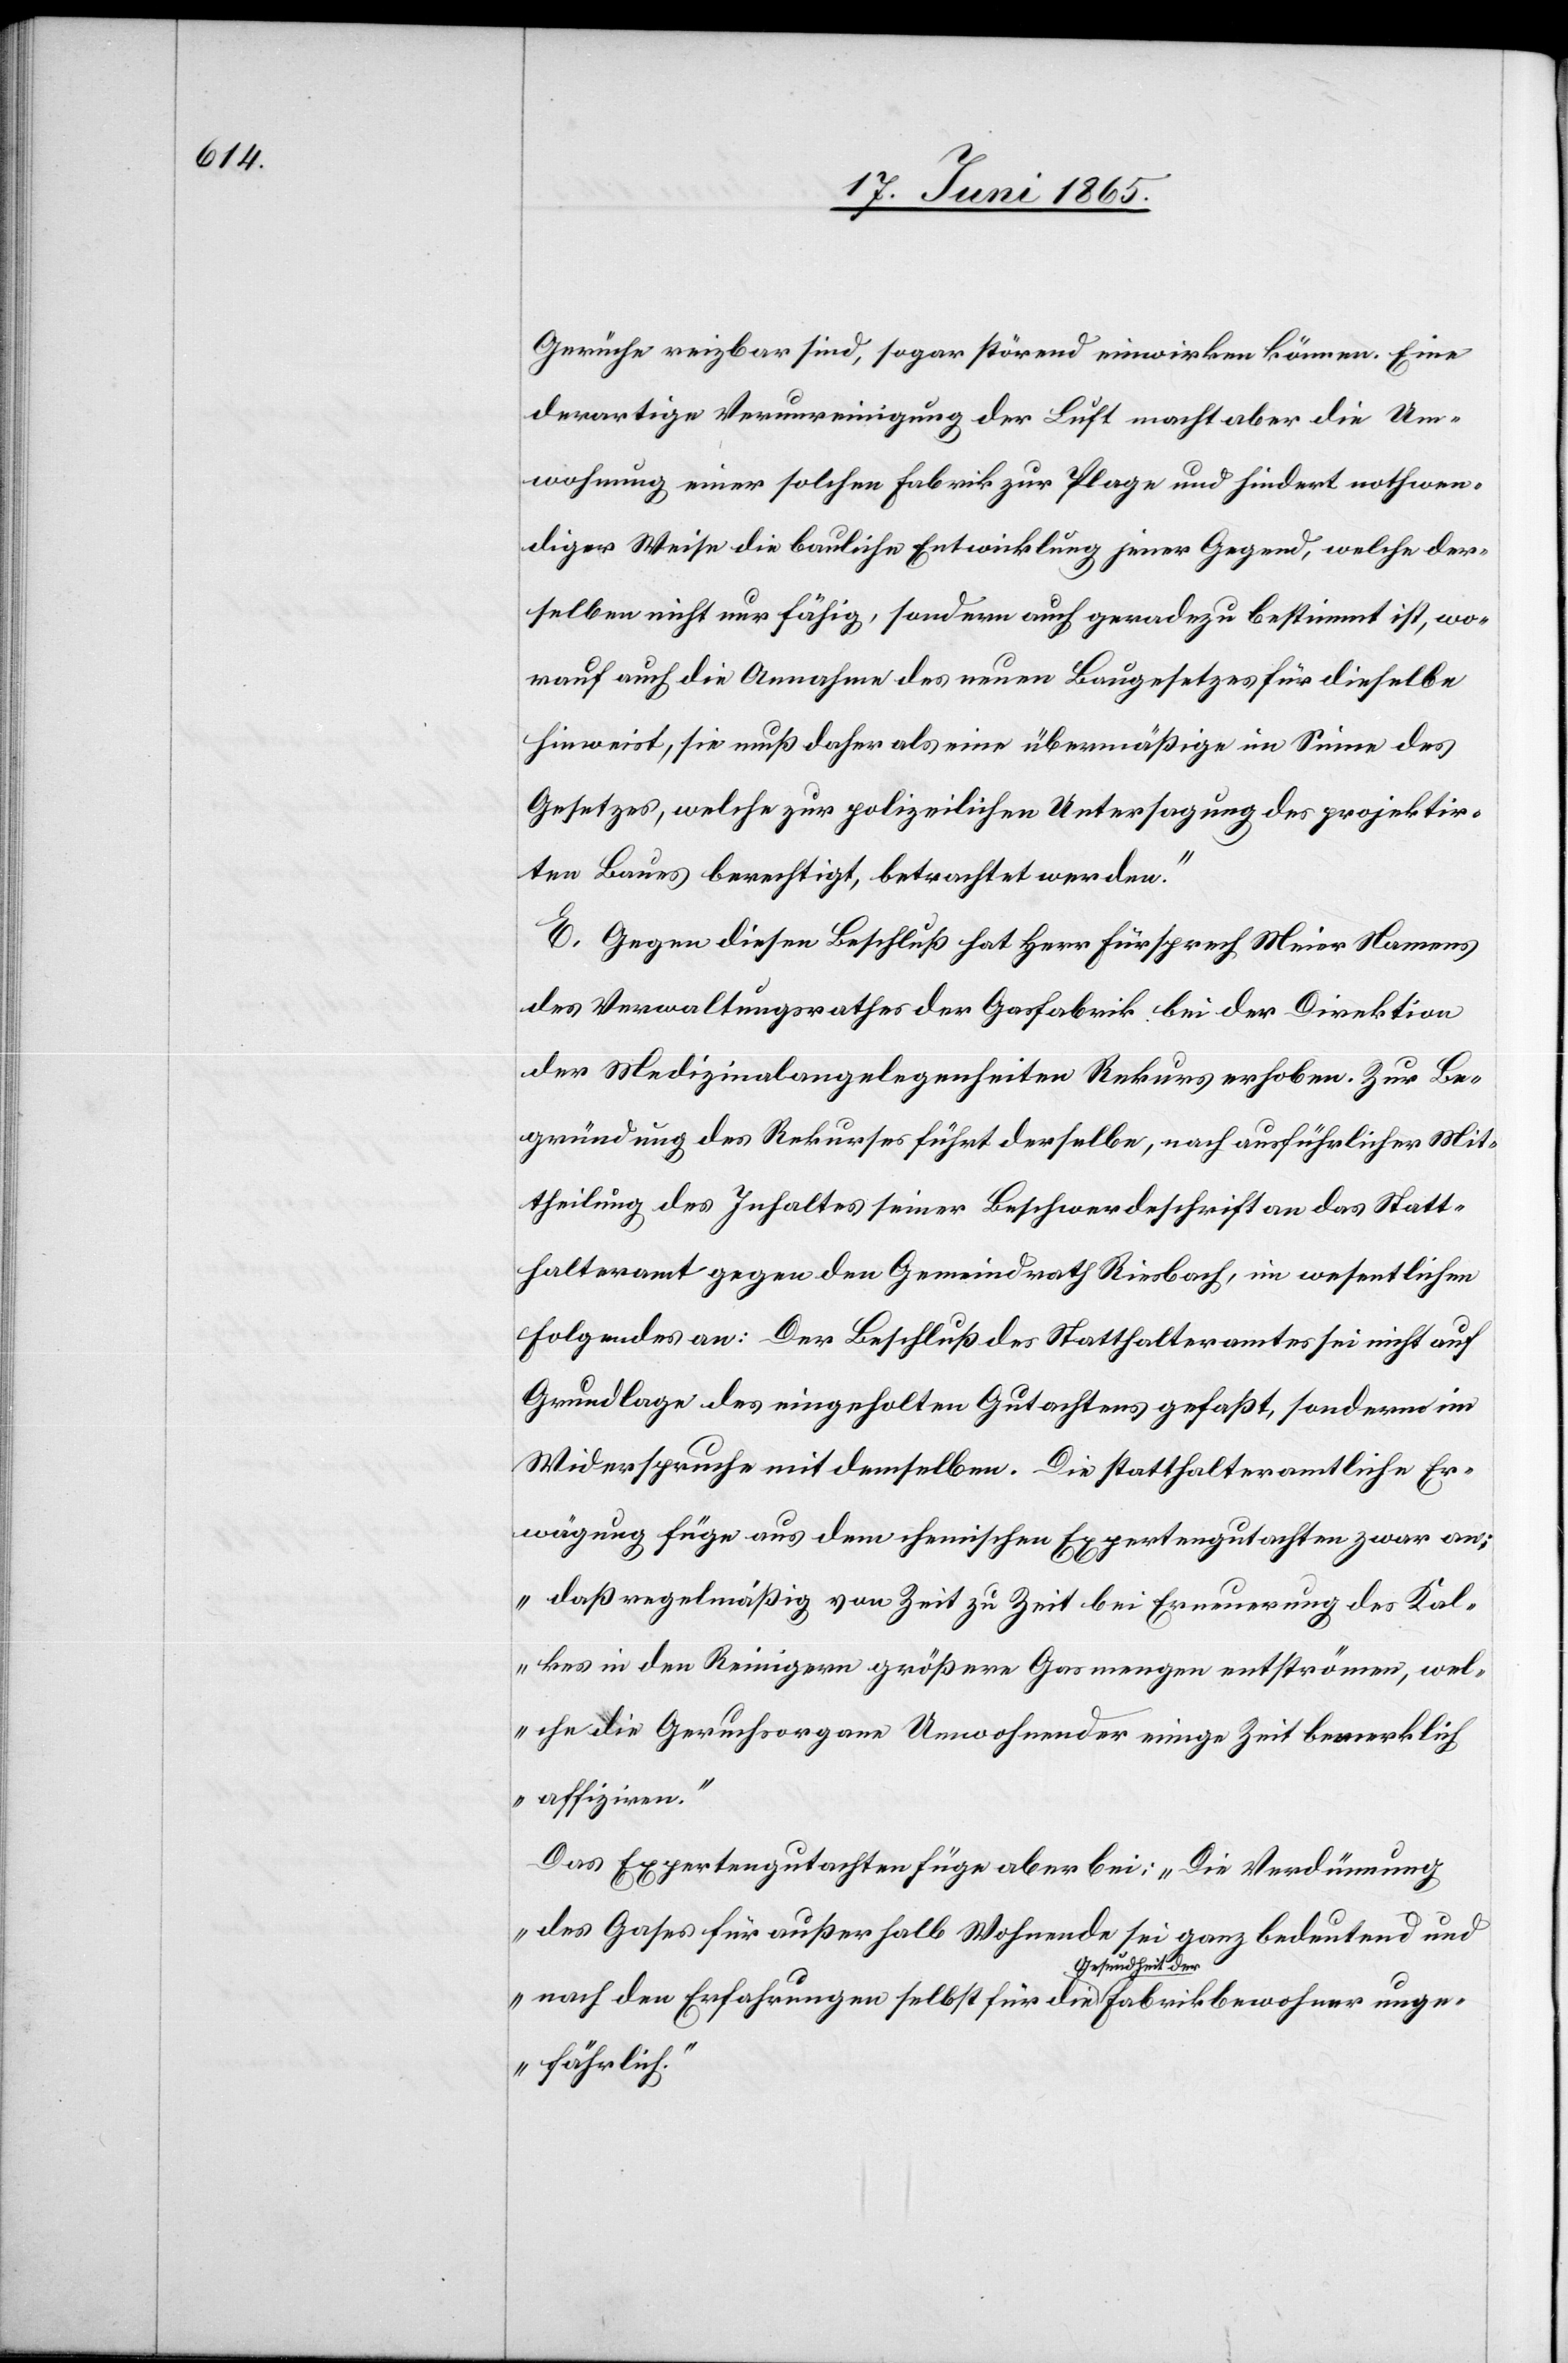
Gerüche reizbar sind, sogar störend einwirken können. Eine
derartige Verunreinigung der Luft macht aber die Um¬
wohnung einer solchen Fabrik zur Plage und hindert nothwen¬
diger Weise die bauliche Entwicklung jener Gegend, welche der¬
selben nicht nur fähig, sondern auch geradezu bestimmt ist, wo¬
rauf auch die Annahme des neuen Baugesetzes für dieselbe
hinweist, sie muß daher als eine übermäßige im Sinne des
Gesetzes, welche zur polizeilichen Untersagung des projektir¬
ten Baues berechtigt, betrachtet werden.“
E. Gegen diesen Beschluß hat Herr Fürsprech Meier Namens
des Verwaltungsrathes der Gasfabrik bei der Direktion
der Medizinalangelegenheiten Rekurs erhoben. Zur Be¬
gründung des Rekurses führt derselbe, nach ausführlicher Mit¬
theilung des Inhaltes seiner Beschwerdeschrift an das Statt¬
halteramt gegen den Gemeindrath Riesbach, im wesentlichen
folgendes an: Der Beschluß des Statthalteramtes sei nicht auf
Grundlage des eingeholten Gutachtens gefaßt, sondern im
Widerspruche mit demselben. Die statthalteramtliche Er¬
wägung füge aus dem chemischen Expertengutachten zwar an:
„daß regelmäßig von Zeit zu Zeit bei Erneuerung des Kal¬
kes in den Reinigern größere Gasmengen entströmen, wel¬
che die Geruchsorgane Umwohnender einige Zeit bemerklich
affiziren.“
Das Expertengutachten füge aber bei: „Die Verdünnung
des Gases für außerhalb Wohnende sei ganz bedeutend und
nach den Erfahrungen selbst für die Gesundheit der
ungefährlich.“